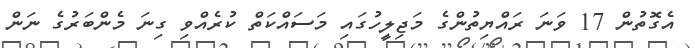
އެގޮތުން 17 ވަނަ ރައްޔިތުންގެ މަޖިލީހުގައި މަސައްކަތް ކުރެއްވި ގިނަ މެންބަރުގެ ނަން